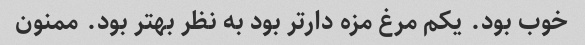
خوب بود. یکم مرغ مزه دارتر بود به نظر بهتر بود. ممنون